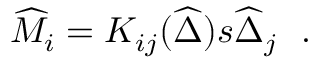
\widehat { \cal M } _ { i } = K _ { i j } ( \widehat { \Delta } ) s \widehat { \Delta } _ { j } \ \ .